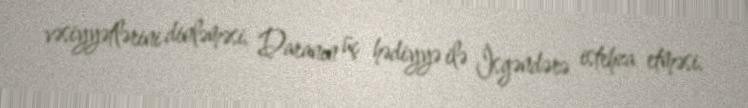
vəsiyyətlərini dinləməsi, Daranın üç hədiyyə ilə İsgəndərə istehza etməsi,